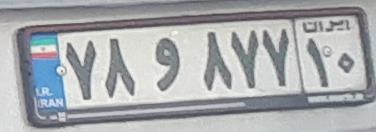
۸۷و۸۷۷۱۰